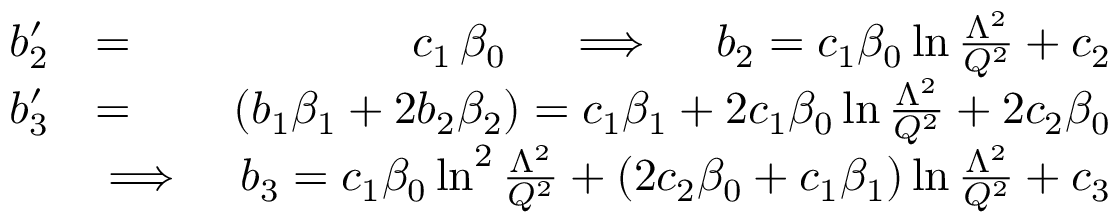
\begin{array} { r l r } { b _ { 2 } ^ { \prime } } & { = } & { c _ { 1 } \, \beta _ { 0 } \quad \implies \quad b _ { 2 } = c _ { 1 } \beta _ { 0 } \ln { \frac { \Lambda ^ { 2 } } { Q ^ { 2 } } } + c _ { 2 } } \\ { b _ { 3 } ^ { \prime } } & { = } & { ( b _ { 1 } \beta _ { 1 } + 2 b _ { 2 } \beta _ { 2 } ) = c _ { 1 } \beta _ { 1 } + 2 c _ { 1 } \beta _ { 0 } \ln { \frac { \Lambda ^ { 2 } } { Q ^ { 2 } } } + 2 c _ { 2 } \beta _ { 0 } } \\ & { \implies } & { b _ { 3 } = c _ { 1 } \beta _ { 0 } \ln ^ { 2 } { \frac { \Lambda ^ { 2 } } { Q ^ { 2 } } } + ( 2 c _ { 2 } \beta _ { 0 } + c _ { 1 } \beta _ { 1 } ) \ln { \frac { \Lambda ^ { 2 } } { Q ^ { 2 } } } + c _ { 3 } } \end{array}